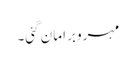
مہرو برا مان گئی۔